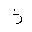
Letter: _thal